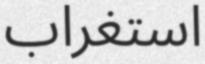
استغراب